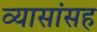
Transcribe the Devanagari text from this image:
व्यासांसह